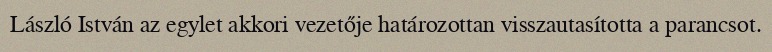
László István az egylet akkori vezetője határozottan visszautasította a parancsot.